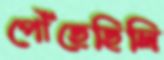
পৌঁছেছিলি